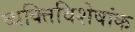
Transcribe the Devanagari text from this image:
व्यक्तिविशेषांक